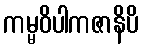
ကမ္မဝိပါကဇာနိပိ